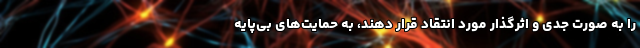
را به صورت جدی و اثرگذار مورد انتقاد قرار دهند، به حمایت‌های بی‌پایه